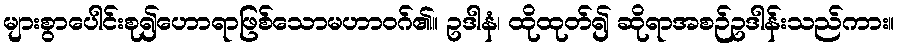
များစွာပေါင်းစု၍ဟောရာဖြစ်သောမဟာဝဂ်၏။ ဥဒါနံ၊ ထိုထုတ်၍ ဆိုရာအစဉ်ဥဒါန်းသည်ကား။